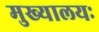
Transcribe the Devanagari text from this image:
मुख्यालयः